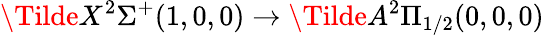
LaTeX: \Tilde{X}^{2}\Sigma^{+}(1,0,0)\rightarrow\Tilde{A}^{2}\Pi_{1/2}(0,0,0)